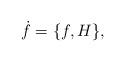
LaTeX: \begin{align*} \dot{f} = \{ f,H \},\end{align*}